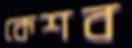
কেশব